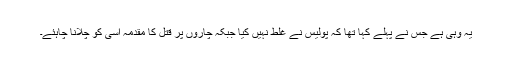
یہ وہی ہے جس نے پہلے کہا تھا کہ پولیس نے غلط نہیں کیا جبکہ چاروں پر قتل کا مقدمہ اسی کو چلانا چاہئے۔